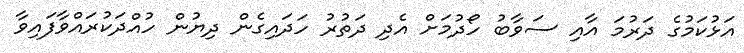
އަޅުކަމުގެ ދަރުމަ އާއި ސަވާބު ހޯދުމަށް އެދި ދަތުރު ހަދައިގެން ދިޔުން ހުއްދަކުރައްވާފައިވާ